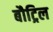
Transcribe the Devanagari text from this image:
बौट्रिल